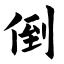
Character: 倒